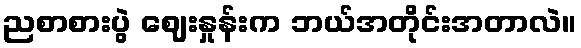
ညစာစားပွဲ ဈေးနှုန်းက ဘယ်အတိုင်းအတာလဲ။